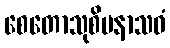
စေတောသုစိမနာသဝံ